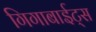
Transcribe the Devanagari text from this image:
गिगाबाईट्स